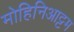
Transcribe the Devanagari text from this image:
मोहिनिआट्टम